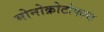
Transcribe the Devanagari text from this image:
मोनोक्रोटोफास